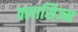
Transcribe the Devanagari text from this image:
क्लासिज्म